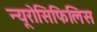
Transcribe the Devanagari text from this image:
न्यूरोसिफिलिस